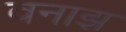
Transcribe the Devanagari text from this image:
वनाझ